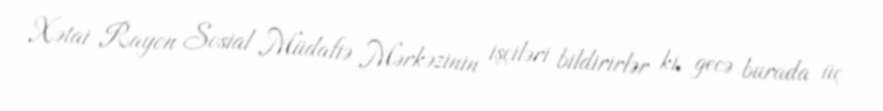
Xətai Rayon Sosial Müdafiə Mərkəzinin işçiləri bildirirlər ki, gecə burada üç